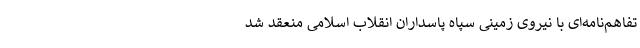
تفاهم‌نامه‌ای با نیروی زمینی سپاه پاسداران انقلاب اسلامی منعقد شد